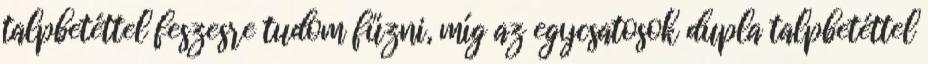
talpbetéttel feszesre tudom fűzni, míg az egycsatosok dupla talpbetéttel